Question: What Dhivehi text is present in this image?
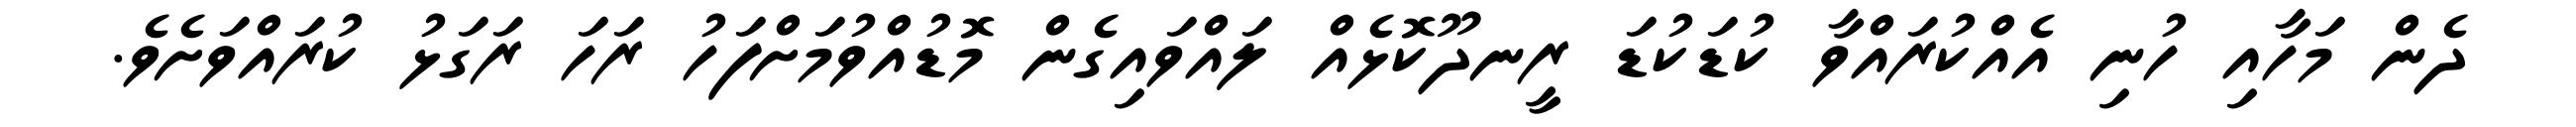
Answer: ދެން މަހާއި ހުނި އެއްކުރައްވާ ކުޑަކުޑަ ރީނދޫކޮޅެއް ލައްވައިގެން މޮޑުއްވުމަށްފަހު ރަހަ ރަގަޅު ކުރައްވަށެވެ.